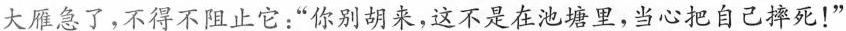
大雁急了，不得不阻止它：“你别胡来，这不是在池塘里，当心把自己摔死！”